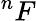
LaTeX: ^nF